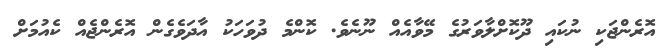
އޮރެންޖަކި ނުކައި ދޫކޮށްލާވަރުގެ މޭވާއެއް ނޫނެވެ. ކޮންމެ ދުވަހަކު އާދަވެގެން އޮރެންޖެއް ކެއުމަށް